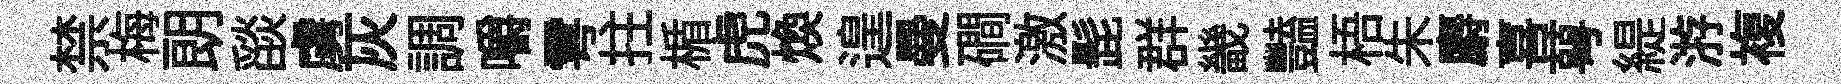
禁梅朗𦦨虜灰調嚼雩拄楯虎焕遑曼磵激髭群畿豔梧朱麝喜萼緹㳺複